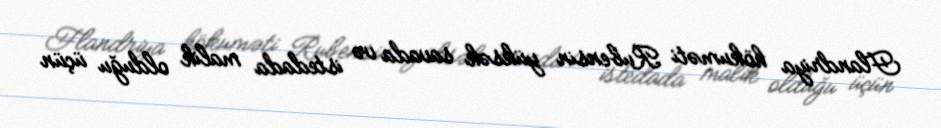
Flandriya hökuməti Rubensin yüksək savada və istedada malik olduğu üçün